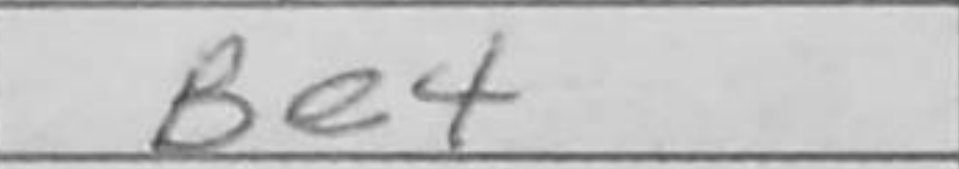
Transcription: Be4